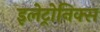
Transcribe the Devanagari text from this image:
इलेट्रोनिक्स